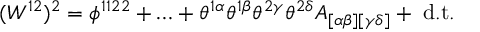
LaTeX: ( W ^ { 1 2 } ) ^ { 2 } = \phi ^ { 1 1 2 2 } + \ldots + \theta ^ { 1 \alpha } \theta ^ { 1 \beta } \theta ^ { 2 \gamma } \theta ^ { 2 \delta } A _ { [ \alpha \beta ] [ \gamma \delta ] } + \mathrm { \small ~ d . t . }